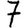
Digit: 7